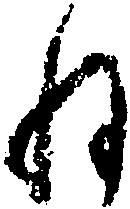
ね